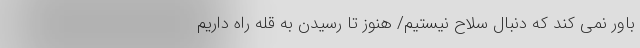
باور نمی کند که دنبال سلاح نیستیم/ هنوز تا رسیدن به قله راه داریم